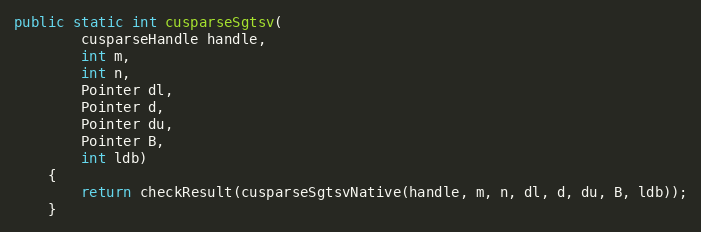
Language: Java
public static int cusparseSgtsv(
        cusparseHandle handle,
        int m,
        int n,
        Pointer dl,
        Pointer d,
        Pointer du,
        Pointer B,
        int ldb)
    {
        return checkResult(cusparseSgtsvNative(handle, m, n, dl, d, du, B, ldb));
    }